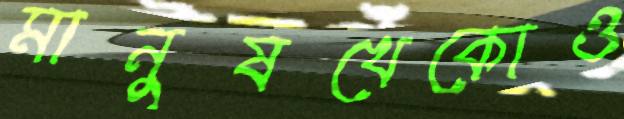
মানুষখেকোও